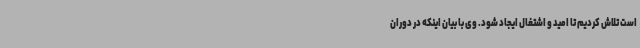
است تلاش کردیم تا امید و اشتغال ایجاد شود. وی با بیان اینکه در دوران